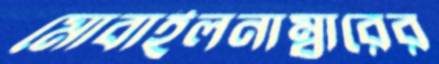
মোবাইলনাম্বারের